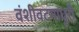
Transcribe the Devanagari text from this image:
वंशीवटमाधुरी